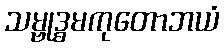
သမ္ဗုဒ္ဓမကုတောဘယံ